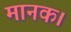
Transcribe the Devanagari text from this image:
मानक।